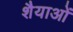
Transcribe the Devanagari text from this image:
शैैयाओं